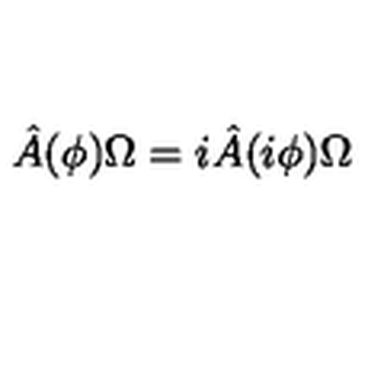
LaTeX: \hat { A } ( \phi ) \Omega = i \hat { A } ( i \phi ) \Omega